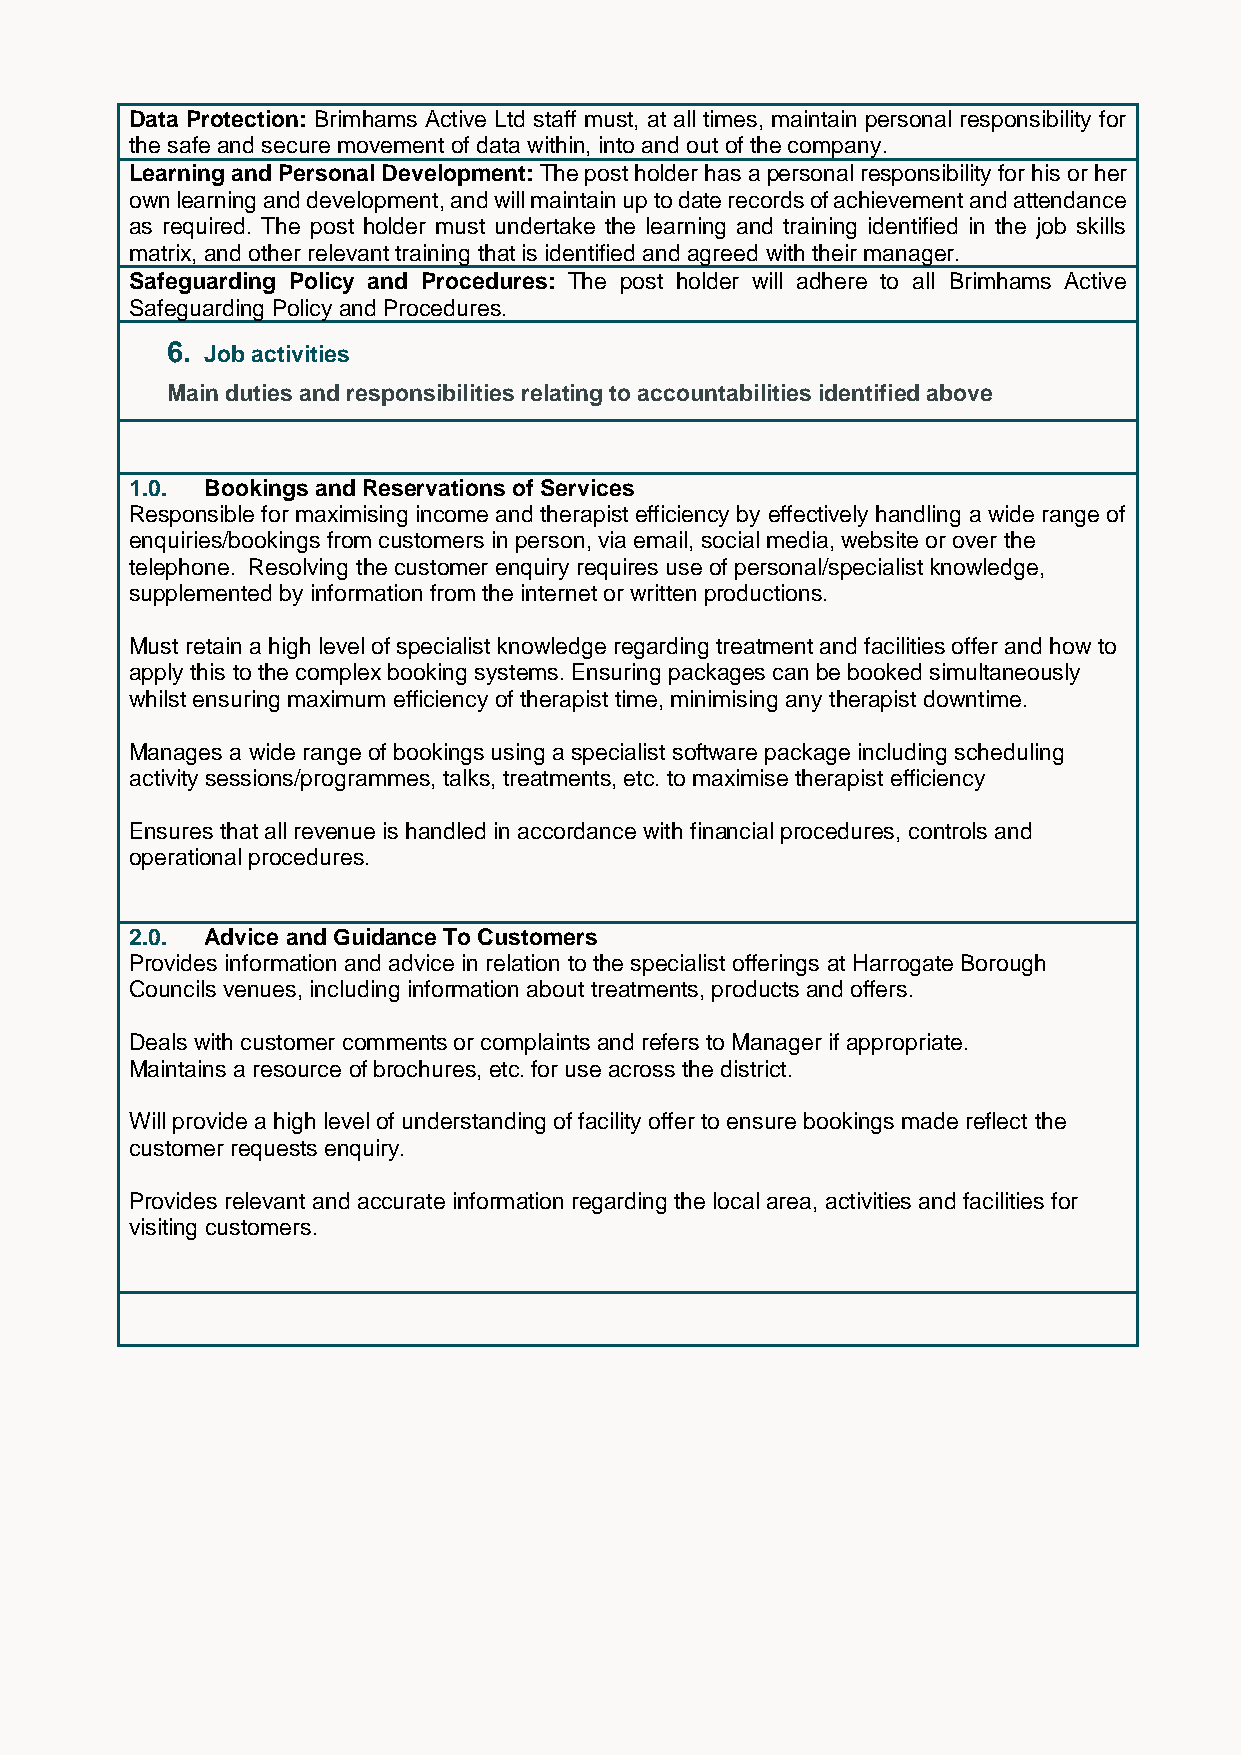
Data Protection: Brimhams Active Ltd staff must, at all times, maintain personal responsibility for
 the safe and secure movement of data within, into and out of the company.
 Learning and Personal Development: The post holder has a personal responsibility for his or her
 own learning and development, and will maintain up to date records of achievement and attendance
 as required. The post holder must undertake the learning and training identified in the job skills
 matrix, and other relevant training that is identified and agreed with their manager.
 Safeguarding Policy and Procedures: The post holder will adhere to all Brimhams Active
 Safeguarding Policy and Procedures.
 6. Job activities
 Main duties and responsibilities relating to accountabilities identified above
 1.0. Bookings and Reservations of Services
 Responsible for maximising income and therapist efficiency by effectively handling a wide range of
 enquiries/bookings from customers in person, via email, social media, website or over the
 telephone. Resolving the customer enquiry requires use of personal/specialist knowledge,
 supplemented by information from the internet or written productions.
 Must retain a high level of specialist knowledge regarding treatment and facilities offer and how to
 apply this to the complex booking systems. Ensuring packages can be booked simultaneously
 whilst ensuring maximum efficiency of therapist time, minimising any therapist downtime.
 Manages a wide range of bookings using a specialist software package including scheduling
 activity sessions/programmes, talks, treatments, etc. to maximise therapist efficiency
 Ensures that all revenue is handled in accordance with financial procedures, controls and
 operational procedures.
 2.0. Advice and Guidance To Customers
 Provides information and advice in relation to the specialist offerings at Harrogate Borough
 Councils venues, including information about treatments, products and offers.
 Deals with customer comments or complaints and refers to Manager if appropriate.
 Maintains a resource of brochures, etc. for use across the district.
 Will provide a high level of understanding of facility offer to ensure bookings made reflect the
 customer requests enquiry.
 Provides relevant and accurate information regarding the local area, activities and facilities for
 visiting customers.